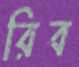
রিব